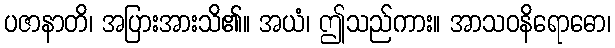
ပဇာနာတိ၊ အပြားအားသိ၏။ အယံ၊ ဤသည်ကား။ အာသဝနိရောဓော၊